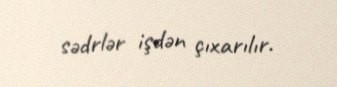
sədrlər işdən çıxarılır.